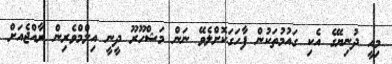
މިއީ ދުނިޔޭގެ އެކި ގައުމުތަކުން ފާހަގަކޮށްލެވޭ ނަން މަޝްހޫރޫ ދީނީ އިލްމްވެރިން ރާއްޖެއަށް